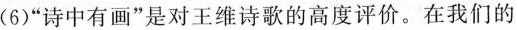
(6)”诗中有画”是对王维诗歌的高度评价。在我们的